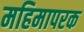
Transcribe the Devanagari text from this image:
महिमापरक